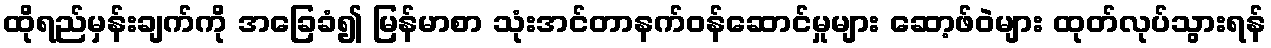
ထိုရည်မှန်းချက်ကို အခြေခံ၍ မြန်မာစာ သုံးအင်တာနက်ဝန်ဆောင်မှုများ ဆော့ဖ်ဝဲများ ထုတ်လုပ်သွားရန်